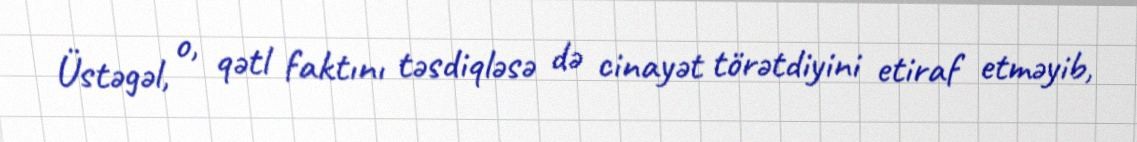
Üstəgəl, o, qətl faktını təsdiqləsə də cinayət törətdiyini etiraf etməyib,